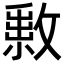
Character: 𢿔